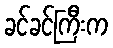
ခင်ခင်ကြီးက